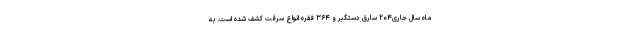
ماه سال جاری۲۰۴ سارق دستگیر و ۳۶۴ فقره انواع سرقت کشف شده است. به